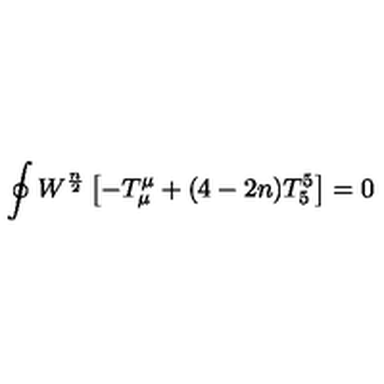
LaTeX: \oint W ^ { \frac { n } { 2 } } \left[ - T _ { \mu } ^ { \mu } + ( 4 - 2 n ) T _ { 5 } ^ { 5 } \right] = 0